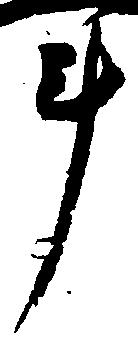
斗